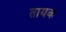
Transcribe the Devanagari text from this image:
तायक